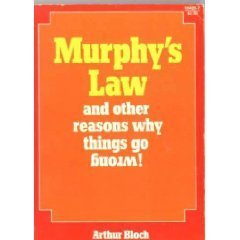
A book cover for Murphy's Law and Other Reasons Why Things Go Wrong; Arthur Bloch; Humor & Entertainment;